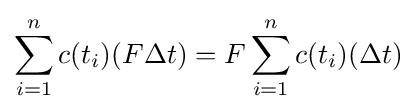
\sum _{i=1}^{n}c(t_{i})(F\Delta t)=F\sum _{i=1}^{n}c(t_{i})(\Delta t)